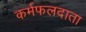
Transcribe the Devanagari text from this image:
कर्मफलदाता